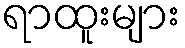
ရာထူးများ